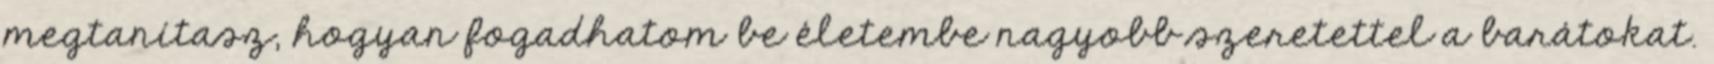
megtanítasz, hogyan fogadhatom be életembe nagyobb szeretettel a barátokat.